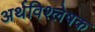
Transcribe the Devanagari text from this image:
अर्थविश्लेषक